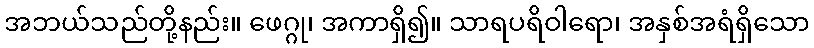
အဘယ်သည်တို့နည်း။ ဖေဂ္ဂု၊ အကာရှိ၍။ သာရပရိဝါရော၊ အနှစ်အရံရှိသော